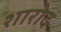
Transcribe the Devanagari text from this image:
शारोद